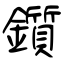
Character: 鑕